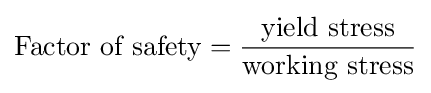
{\text{Factor of safety}}={\frac {\text{yield stress}}{\text{working stress}}}